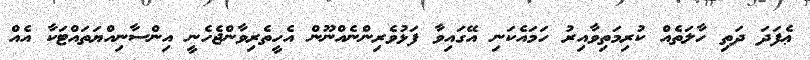
ޢެފަދަ ދަތި ހާލަތެއް ކުރިމަތިވާއިރު ހަމައެކަނި އޭގައިވާ ފަޅުވެރިންނެއްނޫން އެހީތެރިވާންޖެހެނީ އިންސާނިއްޔަތައްޓަކާ އެއް